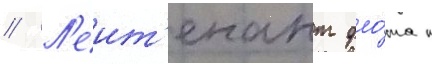
// Л'еит'енант фло́та п